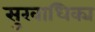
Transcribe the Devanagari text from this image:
सुखाधिक्य